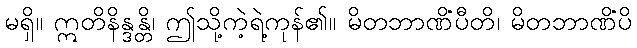
မရှိ။ ဣတိနိန္ဒန္တိ၊ ဤသို့ကဲ့ရဲ့ကုန်၏။ မိတဘာဏိံပီတိ၊ မိတဘာဏိံပိ